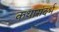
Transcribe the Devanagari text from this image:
कथासंदर्भ